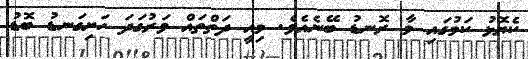
ކެޔޮޅު ކަމުގައި މާ ރޮނޑު ބޭނެއެވެ. މިއީ ދަތްތައް ވަރުގަދަ ހަށިގަނޑު ބޮޑު